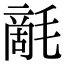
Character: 𣯵